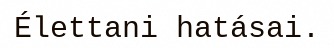
Élettani hatásai.